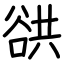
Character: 谼